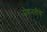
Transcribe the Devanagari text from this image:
मेहनतीचे